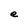
Character: e